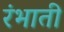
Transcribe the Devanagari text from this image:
रंभाती